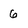
Character: 6